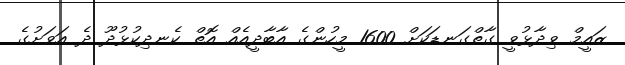
ޒައީމް ވިދާޅުވީ ގާތްގަނޑަކަށް 1600 މީހުންގެ އާބާދީއެއް އޮތް ކެނދިކުޅުދޫ ދެ އަވަށުގެ